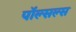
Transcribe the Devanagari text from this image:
पॉल्सल्स